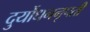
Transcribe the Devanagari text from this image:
दुर्योधननृपती